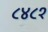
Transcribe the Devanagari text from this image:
८४८१